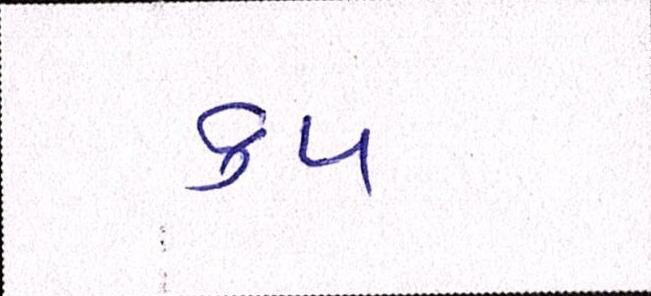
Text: કપ